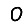
Digit: 0